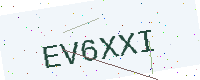
Text: EV6XXI